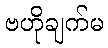
ဗဟိုချက်မ